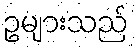
ဥများသည်